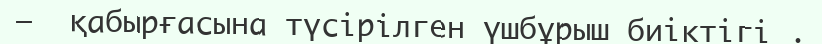
—  қабырғасына түсірілген үшбұрыш биіктігі .